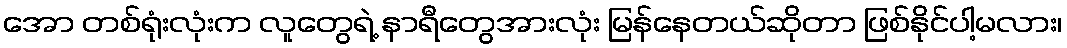
အော တစ်ရုံးလုံးက လူတွေရဲ့ နာရီတွေအားလုံး မြန်နေတယ်ဆိုတာ ဖြစ်နိုင်ပါ့မလား၊